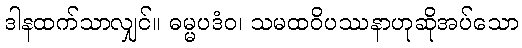
ဒါနထက်သာလျှင်။ ဓမ္မပဒံဝ၊ သမထဝိပဿနာဟုဆိုအပ်သော